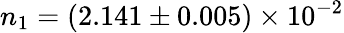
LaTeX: n_{1}=(2.141\pm 0.005)\times 10^{-2}